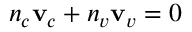
n _ { c } \mathbf { v } _ { c } + n _ { v } \mathbf { v } _ { v } = 0